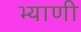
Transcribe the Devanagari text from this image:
भ्याणी